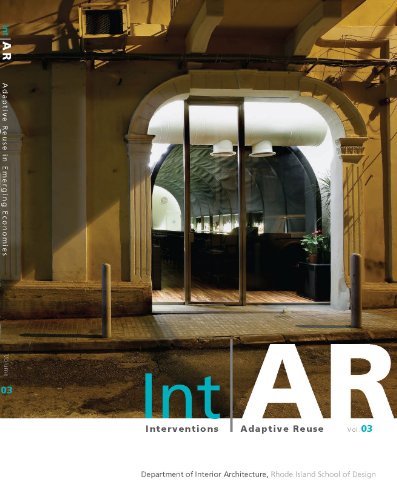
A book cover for IntAR, Interventions Adaptive Reuse, Volume 03; Adaptive Reuse in Emerging Economies; C. Aizenstark; Arts & Photography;